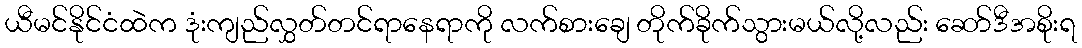
ယီမင်နိုင်ငံထဲက ဒုံးကျည်လွှတ်တင်ရာနေရာကို လက်စားချေ တိုက်ခိုက်သွားမယ်လို့လည်း ဆော်ဒီအစိုးရ